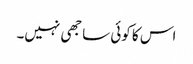
اس کا کوئی ساجھی نہیں۔